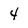
Character: 4